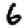
Digit: 6